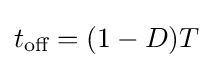
t_{\text{off}}=(1-D)T